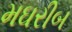
મઘરીબ